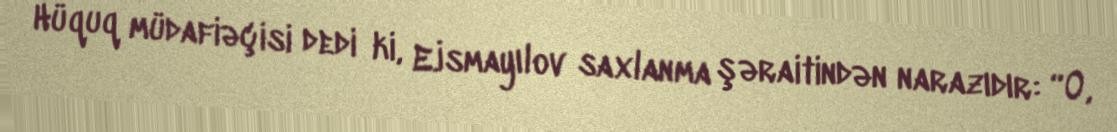
Hüquq müdafiəçisi dedi ki, E.İsmayılov saxlanma şəraitindən narazıdır: “O,